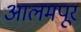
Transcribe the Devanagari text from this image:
आलमपूर